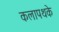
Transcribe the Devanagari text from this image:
कलापथके